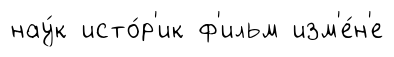
нау́к исто́р'ик ф'ильм изм'е́н'е